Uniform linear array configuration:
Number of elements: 64
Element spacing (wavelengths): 0.75
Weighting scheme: hann
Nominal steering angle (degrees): -45
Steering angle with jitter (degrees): -45.861
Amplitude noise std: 0.05
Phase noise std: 0.05

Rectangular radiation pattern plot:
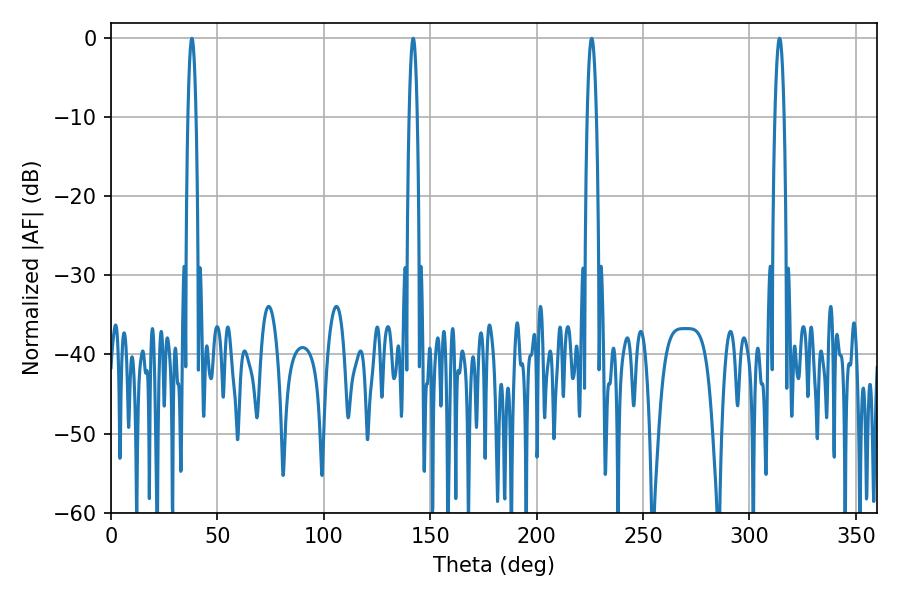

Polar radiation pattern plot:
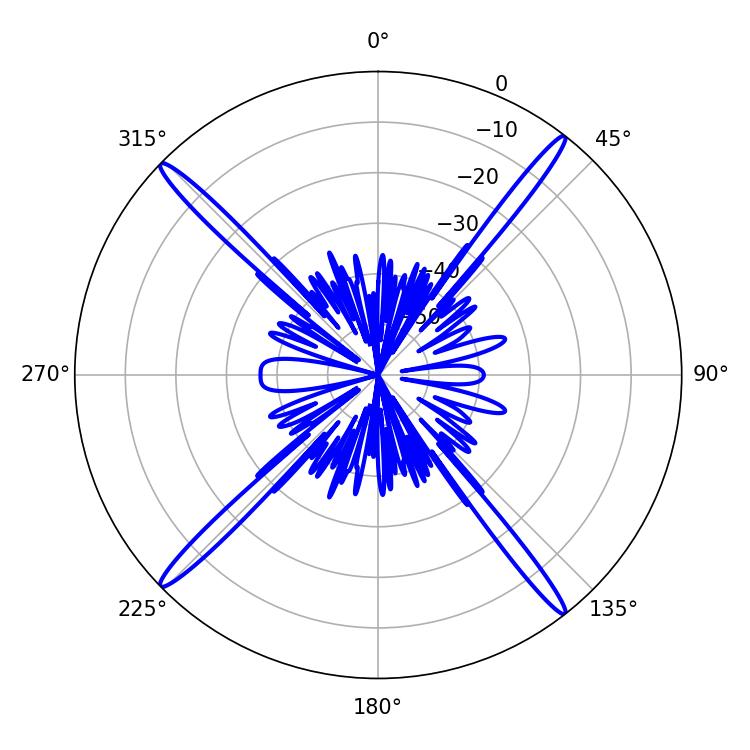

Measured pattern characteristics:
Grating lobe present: TRUE
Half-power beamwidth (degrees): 1.98
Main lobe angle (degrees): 37.98